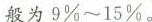
般为9%~15%。